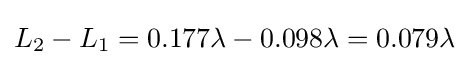
L_{2}-L_{1}=0.177\lambda -0.098\lambda =0.079\lambda